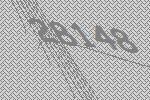
28148